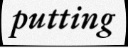
putting